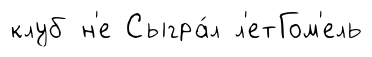
клуб н'е Сыгра́л л'етГом'ель